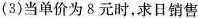
(3)当单价为8元时，求日销售